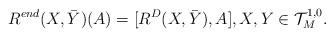
LaTeX: \begin{align*}R^{end}(X,\bar{Y})(A)= [ R^{D}(X,\bar{Y}), A],X, Y\in {\mathcal T}^{1,0}_{M}.\end{align*}